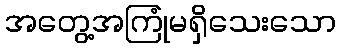
အတွေ့အကြုံမရှိသေးသော